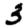
Digit: 3